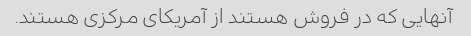
آنهایی که در فروش هستند از آمریکای مرکزی هستند.